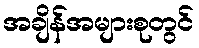
အချိန်အများစုတွင်